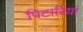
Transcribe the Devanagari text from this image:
पिटारियां